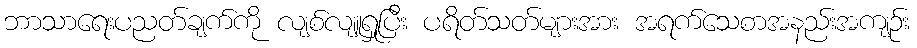
ဘာသာရေးပညတ်ချက်ကို လျစ်လျူရှုပြီး ပရိတ်သတ်များအား အရက်သေစာအနည်းအကျဉ်း